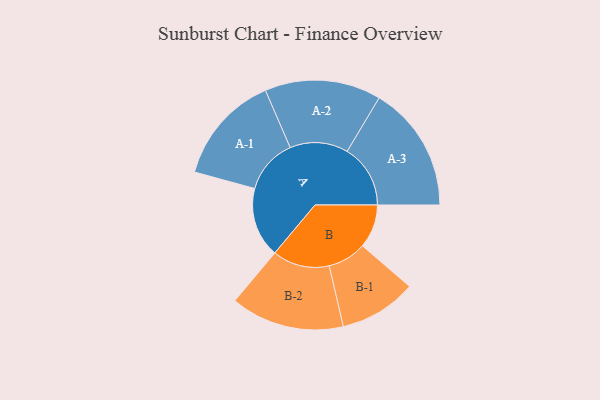
{"axis": {"x": "Segment", "y": "Value"}, "legend": ["", "A", "B"], "data": [{"x": "A", "y": 284, "type": ""}, {"x": "B", "y": 177, "type": ""}, {"x": "A-1", "y": 223, "type": "A"}, {"x": "A-2", "y": 236, "type": "A"}, {"x": "A-3", "y": 257, "type": "A"}, {"x": "B-1", "y": 157, "type": "B"}, {"x": "B-2", "y": 231, "type": "B"}]}